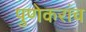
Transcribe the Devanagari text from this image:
पुणेकरांच